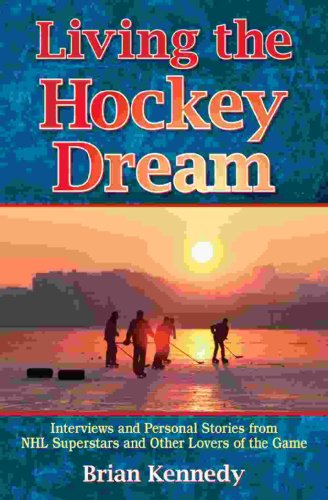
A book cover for Living the Hockey Dream: Interviews and Personal Life Stories from NHL Superstars and Other Lovers of the Game; Brian Kennedy; Biographies & Memoirs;